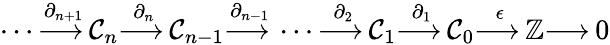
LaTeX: \dotsb{\overset{\partial_{n+1}}{\longrightarrow\, }}\mathcal{C}_{n}{\overset{\partial_{n}}{\longrightarrow\, }}\mathcal{C}_{n-1}{\overset{\partial_{n-1}}{\longrightarrow\, }}\dotsb{\overset{\partial_{2}}{\longrightarrow\, }}\mathcal{C}_{1}{\overset{\partial_{1}}{\longrightarrow\, }}\mathcal{C}_{0}{\overset{\epsilon}{\longrightarrow\, }}\mathbb{{Z}}{\longrightarrow\, }0